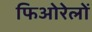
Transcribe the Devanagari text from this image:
फिओरेलों